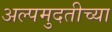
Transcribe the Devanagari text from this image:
अल्पमुदतीच्या